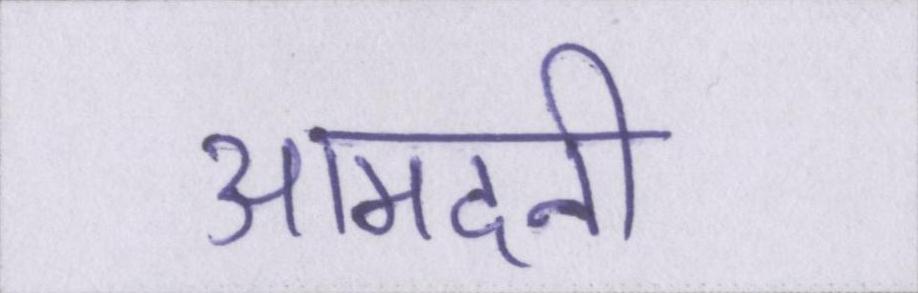
आमदनी